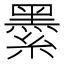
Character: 𦅔